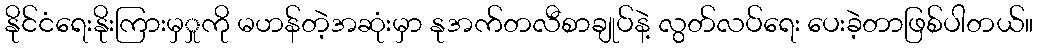
နိုင်ငံရေးနိုးကြားမှှုကို မဟန်တဲ့အဆုံးမှာ နုအက်တလီစာချုပ်နဲ့ လွတ်လပ်ရေး ပေးခဲ့တာဖြစ်ပါတယ်။